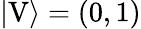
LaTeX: |\mathrm{V}\rangle=(0,1)